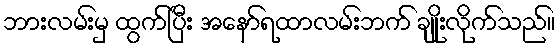
ဘားလမ်းမှ ထွက်ပြီး အနော်ရထာလမ်းဘက် ချိုးလိုက်သည်။